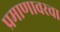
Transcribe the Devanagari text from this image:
प्रमाणावरचा